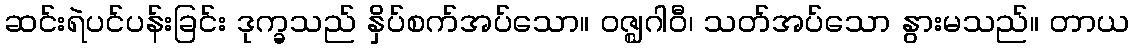
ဆင်းရဲပင်ပန်းခြင်း ဒုက္ခသည် နှိပ်စက်အပ်သော။ ဝဇ္ဈဂါဝီ၊ သတ်အပ်သော နွားမသည်။ တာယ